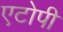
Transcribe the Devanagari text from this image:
एटोपी